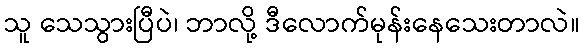
သူ သေသွားပြီပဲ၊ ဘာလို့ ဒီလောက်မုန်းနေသေးတာလဲ။